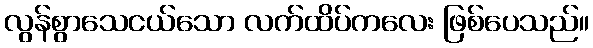
လွန်စွာသေငယ်သော လက်ထိပ်ကလေး ဖြစ်ပေသည်။